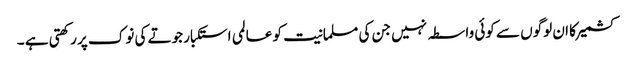
کشمیر کا ان لوگوں سے کوئی واسطہ نہیں جن کی مسلمانیت کو عالمی استکبار جوتے کی نوک پر رکھتی ہے ۔